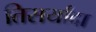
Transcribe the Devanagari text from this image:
तिसर्यांदा